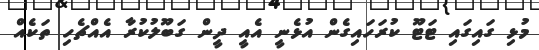
މުޅި ގައިގައި ޓަޓޫ ކުރަހައިގެން އުޅެނީ އެއީ ދީން ގަބޫލުކުރާ އެއްޗެހި ތަކެއް